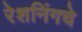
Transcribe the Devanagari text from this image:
रेशनिंगचे